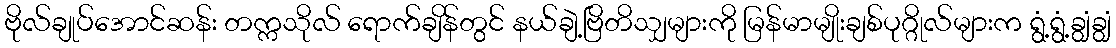
ဗိုလ်ချုပ်အောင်ဆန်း တက္ကသိုလ် ရောက်ချိန်တွင် နယ်ချဲ့ဗြိတိသျှများကို မြန်မာမျိုးချစ်ပုဂ္ဂိုလ်များက ရွံ့ရွံ့ချွံချွံ